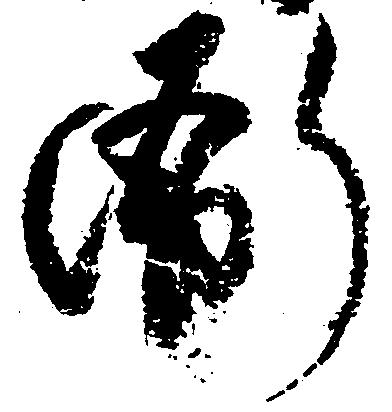
衙